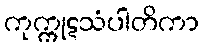
ကုက္ကုဋသံပါတိကာ